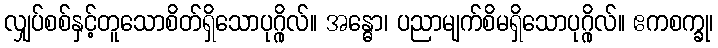
လျှပ်စစ်နှင့်တူသောစိတ်ရှိသောပုဂ္ဂိုလ်။ အန္ဓော၊ ပညာမျက်စိမရှိသောပုဂ္ဂိုလ်။ ဧကစက္ခု၊